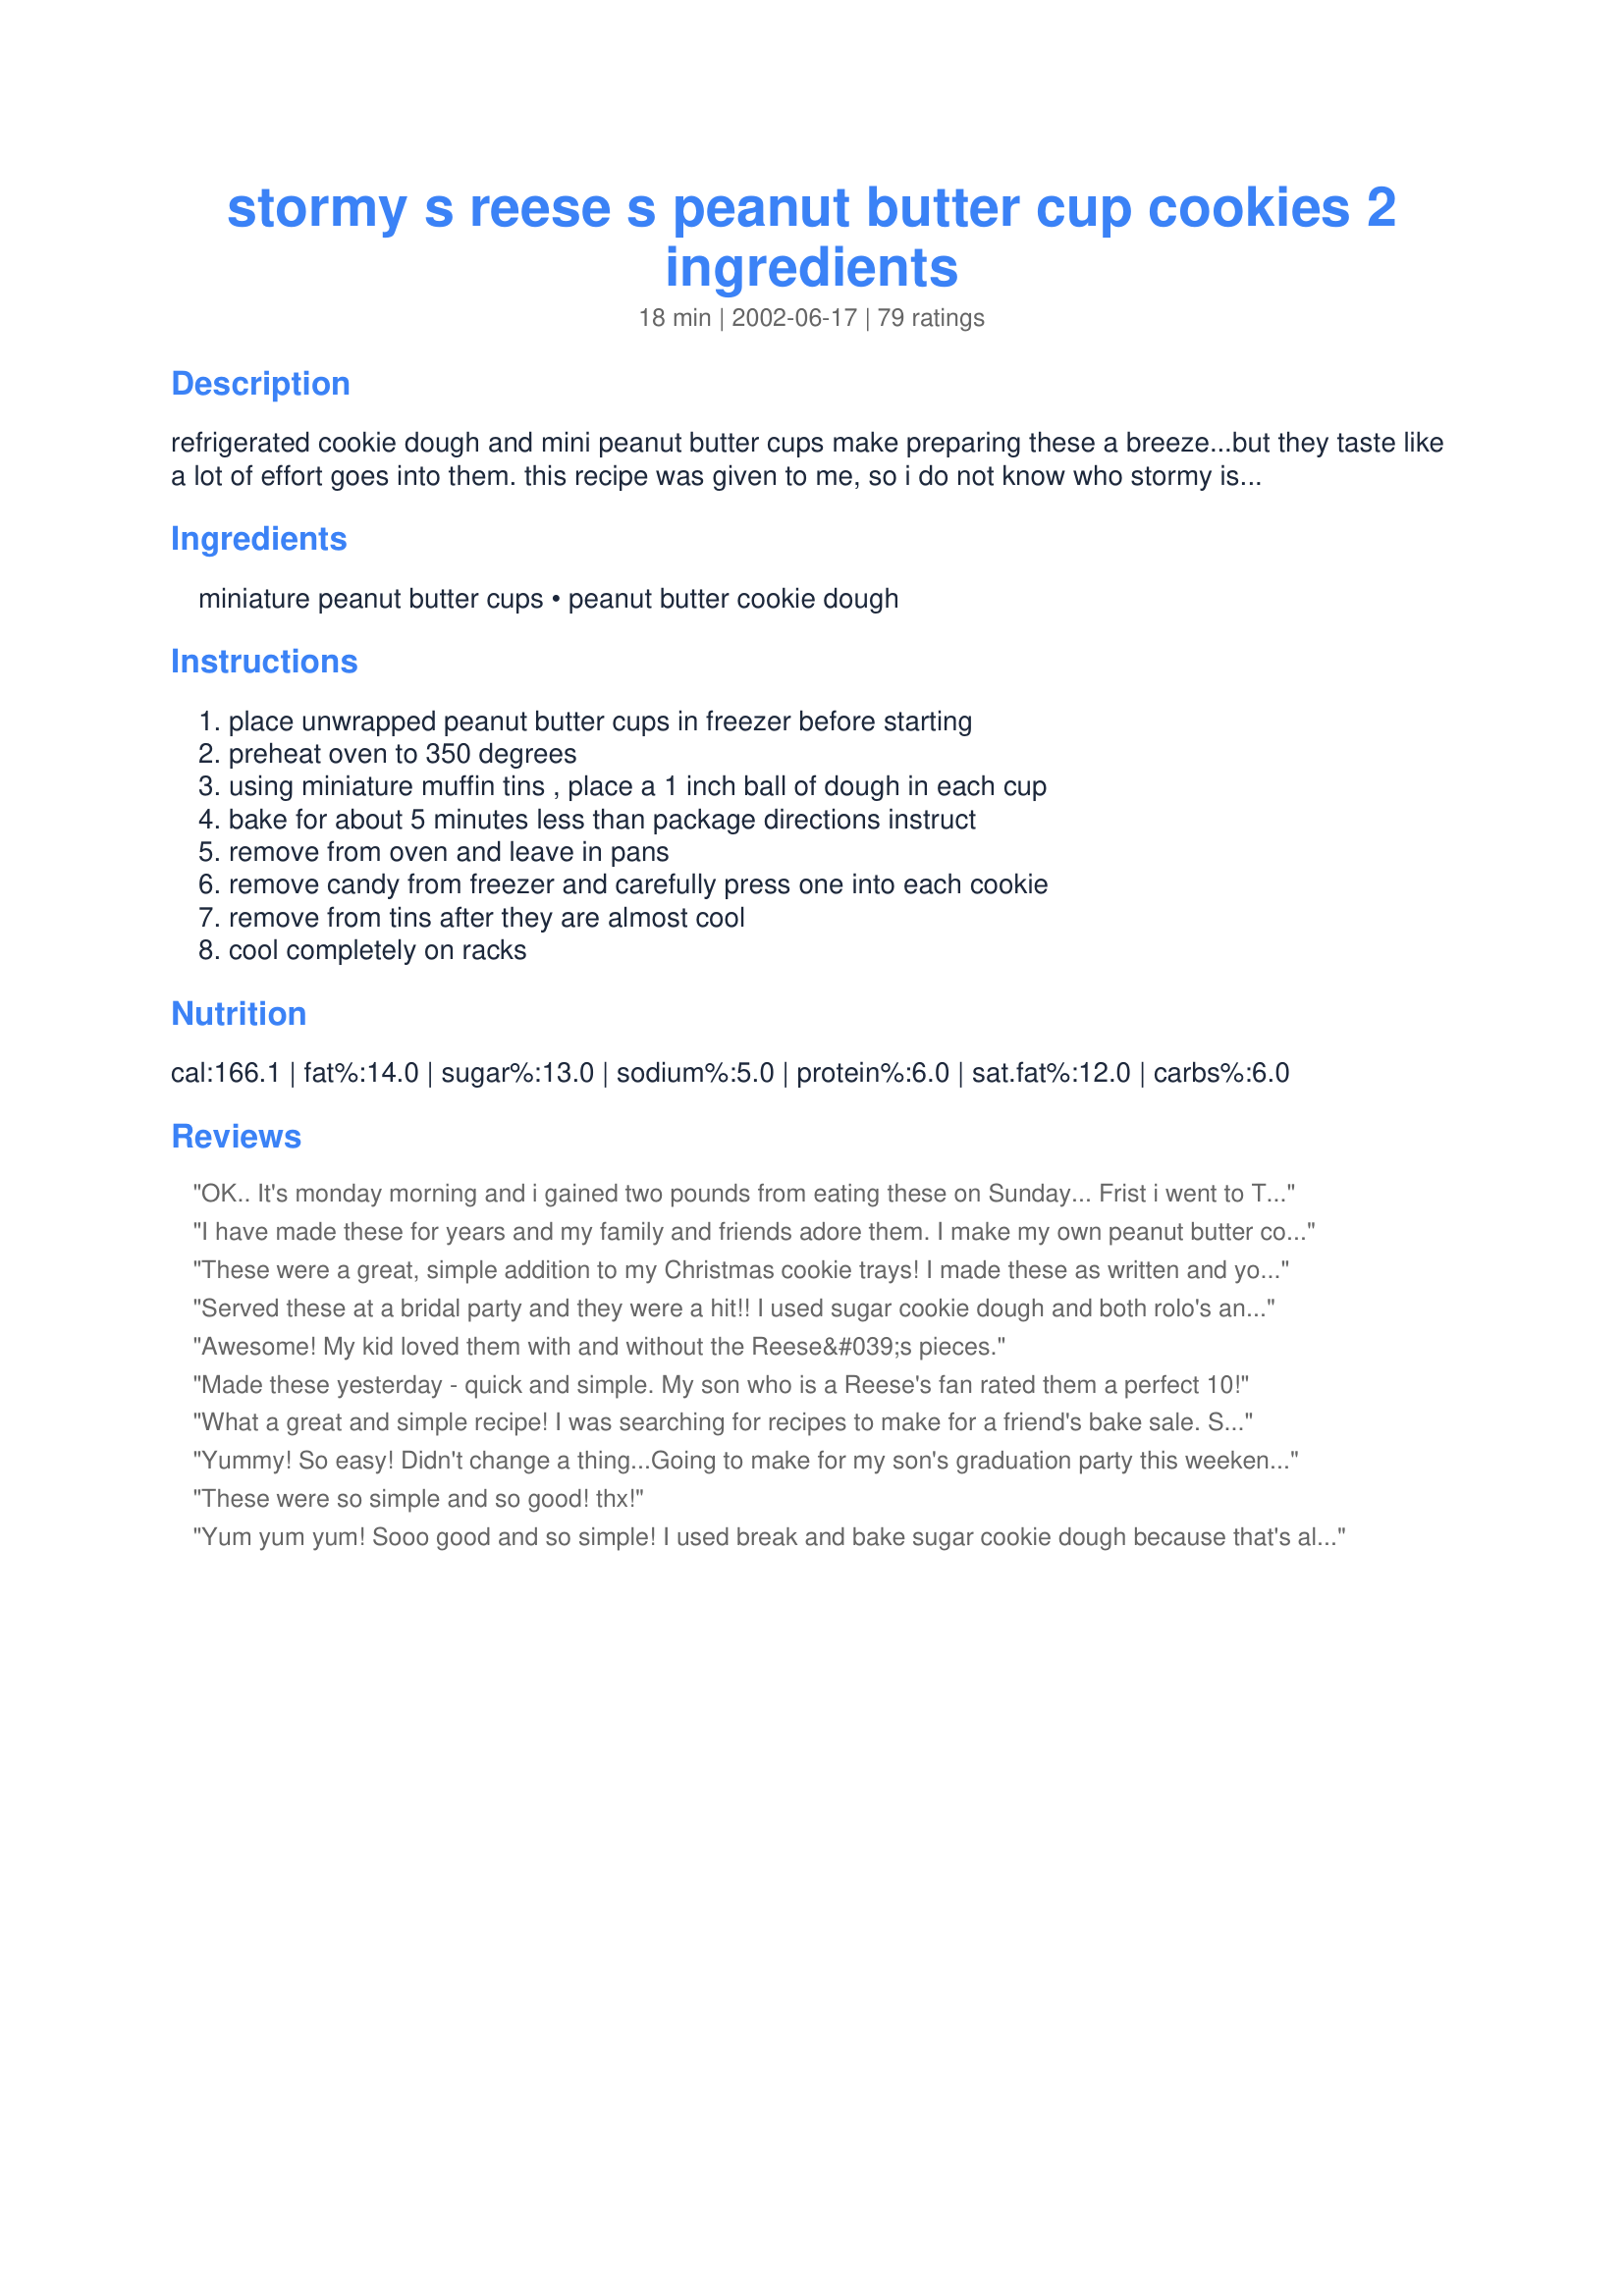
stormy s reese s peanut butter cup cookies 2 ingredients
Preparation time: 18 minutes

refrigerated cookie dough and mini peanut butter cups make preparing these a breeze...but they taste like a lot of effort goes into them. this recipe was given to me, so i do not know who stormy is, but i figured i should give him/her credit! according to

Ingredients:
miniature peanut butter cups, peanut butter cookie dough

Steps:
place unwrapped peanut butter cups in freezer before starting, preheat oven to 350 degrees, using miniature muffin tins , place a 1 inch ball of dough in each cup, bake for about 5 minutes less than package directions instruct, remove from oven and leave in pans, remove candy from freezer and carefully press one into each cookie, remove from tins after they are almost cool, cool completely on racks

Reviews:
OK.. It's monday morning and i gained two pounds from eating these on Sunday... Frist i went to Target and bought the mini muffin tins... they are so cute! I then proceeded to make these wonderful little treats... Let me just say... i couldn't stop eating them!!! They are so good.... hot, cold or room temp.... i loved them and how easy? OMG -I love this recipe!!! Thanks so much for sharing.... But today i'm going cold turkey and not eating one... maybe cause there's none left... in any case.. I'll only make them once in a blue moon.... Maybe there will be a blue moon soon??? Sari from Simi Valley
I have made these for years and my family and friends adore them. I make my own peanut butter cookie dough and use a Pampered Chef small cookie scoop to make balls. I used pan-spray to spray the pans for easy removal. I press the peanut butter cups into the raw cookie dough and bake according to the cookie recipe directions. Cool well before removing from pan. Also, I have discovered that the depth of the mini-muffin pans can vary and the deeper wells work better.
These were a great, simple addition to my Christmas cookie trays! I made these as written and you really have to make sure you do not make the cookies balls too big or you won't be able to get them out of the pan. Also make sure they are cooled completely before removing from the muffin tin. Thanks again!
Served these at a bridal party and they were a hit!! I used sugar cookie dough and both rolo's and reese's. I did have a problem getting them to release from the pan so next time I think I'll grease the tins a bit. Thanks for the recipe.
Awesome! My kid loved them with and without the Reese&#039;s pieces.
Made these yesterday - quick and simple. My son who is a Reese's fan rated them a perfect 10!
What a great and simple recipe! I was searching for recipes to make for a friend's bake sale. Since my mini-muffin pans are all botched, I purchased some disposable aluminum ones and used mini-cupcake liners. I followed other people's suggestions and used Pillsbury's break apart sugar cookie dough. Had to bake the dough for 11-12 minutes, popped in the peanut butter cups, then baked for another minute or so. Thanks so much for sharing this recipe! This is sure to stay in my normal baking rotation!
Yummy! So easy! Didn't change a thing...Going to make for my son's graduation party this weekend..thanks so much!
These were so simple and so good! thx!
Yum yum yum! Sooo good and so simple! I used break and bake sugar cookie dough because that's all the store had. It worked well! The trickiest part (for me) was getting them out of the pan. The 2nd time I made them I sprayed it well with Pam and they came out easier. Thanks to Karen (and Stormy!))
I used a mini muffin tin and thought they turned out really well. They look very professional. I didn't have any problems with getting the right amount of thickness but I did have to play around a bit with the right amount of time to cook them. I ended up having three tins in three different cookie shades of pale, light brown and brown.
Tried this tonight and my kids and husband liked them. Used peanut butter cookie dough pouch and definitely needed to bake the cookies the full time. Followed megs_ suggestions for using PAM and refrigerating afterwards. Worked perfectly. Thanks.
OK, so I make christmas cookies every year and give them to family and friends. Last year I made these along with many others.. from scratch and much more difficult cookies.. these were by far the favorite and got the most compliments. Unbelievably simple and yet people think you put a lot into them.
These are so easy, cute and delicious. They are really nice for times you need to come up with something "homemade", but really do not have the time. I have made them for my son's class for Valentine's Day using the little peanut butter filled chocolate hearts and they were cute, too.
These taste fantastic and they're super easy! I'll make them often. Thank you for posting.
I was disappointed in these. The first batch I made was a disaster. I followed the directions exactly and they were basically raw. I tried to put them back in the oven, a couple minutes at a time and I expected the peanut butter cups to melt, I figured it was the flavor that would count, not what they looked like. Anyway, I did that 3 times and they were still raw. I tried another batch and only took them out a couple of minutes earlier than the package suggested. They were ok then. I don't like to give less stars, but I was disappointed as I said before. I don't know what I did wrong, but did want to let others know for future reference. The second batch tasted good and I'll probably try these again. Thanks.
Made our own peanut butter cookie dough for these as we do not have refrigerated cookie dough in this town. With help from my daughter we had a batch of these whipped up in no time. She took some with her to work to share with co-workers the next day and they were a hit. Actually sold the last one on the plate to her boss for a $1.00.
Easy to make...Thanks for the quick and easy recipe!
Couldn't be easier. Used Pillsbury refridgerated sugar cookie dough (pre-divided). Sprayed mini muffin pan and placed one piece of dough in each well. Cooked for full 12 minutes. If you try to remove the cookies from the pan right away the cookie is too soft and will fall apart. You need to let them sit to firm up or put in the fridge for 15-20 minutes. Any fun/snack size candy bar will work snickers, milkyway, rolos or the pb cups.
These were great- made them for a "key club" (DD) fundraiser at school & it worked out great!! I was concerned it would be hard to push the candy in the cookies- WRONG. The cookies are soft while they are still warm, so it was a breeze!! Pretty tasty lil' things too. We made sugar cookies with hershey's kisses and peanut butter cookies with Reese's cups. Thanks so much!!
I was a little worried how these were going to turn out and they were amazing! I didn't have mini muffin tins and so I had to use the regular size which didn't cause any problem at all. I used sugar cookie dough and did have to bake for longer because the suggested time was 12-14 min so I think I baked them around 9 min and they came out perfect! Will def. be making these again because they look like they're a lot more trouble than they really are ;)
I made these with one ounce of cookie dough in each of the cups of a disposable muffin pain (not miniature), lined with fluted paper liners, which made them easy to remove and serve. I baked them for the time noted on the package. I tried a roll of peanut butter cookie dough and choc chip cookie dough. Both came out well and got rave reviews.
I make these for my hubby for V-day and Christmas, his favorite.
Fast & Simple.. Looks gourmet and they taste GREAT!!!!! Made a full 24 with one roll of peanut butter cookie dough.
I made my own peanut butter dough and then followed this and used the Peanut Butter Cups. My cookie trays are going to be fully enjoyed with these on there! They are so delicious!
These are excellent! I did use unwrapped Hershey kisses instead of the peanut butter cups, because I had some that "needed using". I made them again that way because there was no need to unwrap anything. I had to bake a twice as long in my oven. It may be because I used a silicone muffin pan on top of a metal cookie sheet. Thanks for posting.
love this!!! i made this for Ms. Picky's Senior Voice Recital using sugar cookie dough and they were a hit. Easy, peanut butter and chocolate!!!
LOVELOVELOVE this! Easy, quick and tasty. They don't last long around here! Love the idea of trying different combos as other reviewers have suggested. My son would eat them by the handful if I let him! Cookies AND Reese's - what could be better?
its making me fat!
These are an easy little treat. I did have more trouble removing the tarts from the muffin pan than I expected. The original recipe that I tried suggested refrigerating the cookies after cooling in order to pull the tarts out from the pan. This tip really does make it easier. I have a similar recipe posted (recipe #80612), but the peanut butter is a different treat.
Thank you for making my day, I was craving these and didn't know how to make them (freezing the candy before using them, etc.) Used recipe#66703 to save money, but thank you for sharing!
This was super easy (I almost felt guilty!) I used the sugar cookie and reeses combo---The pre-made dough I got was a tub from ALDI's and it made for a nice salty sweet contrast with the reeses! Thanks Karen!
Easy and delicious! Thanks for sharing!
Easy and taste great! Everyone wanted to get the recipe from me.
AWESOME! I made the cookies for a couple of teens and they now have a new fave cookie! I couldn't find peanut butter dough, but bought the choco chip dough that is already cut in squares (like a former chef had noted) and it worked out perfectly. Thanks for the super easy, super good cookie recipe! I plan on adding it to my daughters cookbook :)from Mom.
Super easy and really good! We tried different types of cookie dough and candy. Great thing to take to a party of any kind.
Easy peasy! I'm not a big baker, but these combine two of my favorites-cookies and candy! My DBF loves Reese's, so I made these for Thanksgiving. Loved them! I used a nonstick mini muffin pan and had no trouble getting them out after running a plastic knife around the top edge. I couldn't find refrigerated dough, so used a pouch (store brand) and they were just fine. Definitely a keeper!
My husband & son LOVED these! I used Big Grandma's Peanut Butter Cookie dough #66703 instead of the packaged stuff...turned out great!
I made these for easter and my husband LOVED them! He ate about 10 of them in one sitting. The were so easy to make and came out perfect! I had no problems taking the cookies out. I did use break'n'bake CC cookie dough and brushed the pan alittle butter to prevent any sticking. Before I took them out I did twist them completely and them pulled them out. Thanks for a great addictive recipe!
This is definitely a 5 star recipe because of ease of preparation and taste. I used the pre-scored, square chocolate chunk cookie dough. These were the perfect size to go in the mini-muffin pan. You don't have to shape it into a ball or anything--just break off a piece and stick it in the pan. Before placing cookies in pan, I also lightly sprayed my muffin pan with Pam to make it easier to get the cookies out. After baking and placing candy in the center of each cookie, I cooled them in the refrigerator for about 20 minutes. I used a mixture of Reese's mini peanut butter cups, Rolos, and Hershey kisses to put in the center of the baked cookies. All of them were yummy! My kids and husband loved them and so I will be making them again. They are very pretty too. Thanks, Karen!
These were great! I baked for the minimum amount of time on the package, though (11 minutes).
These went great to make for a pot luck I was going to. I wanted something simple to make and only had 2 hours to make them, so this was it. The kids and adults alike loved these!
Great recipe. My Mom used to make these with kisses and the reese's cups are a wonderful variation. I do not have a mini muffin tin so I used my silicone muffin cups which I sprayed with Baker's joy. I used my pampered chef small scoop for the cookie dough based on another reviewers advice (approx 1 TBL size balls). I have a convection oven and had to cook these the full time (14 minutes). Anything less and they came out completely raw. Next time I won't freeze the cups so they will melt a little more into the cookie dough. Definitely a make it again recipe.
Soo easy and soo good! I used a pb cookie mix and reese's cups. (The store didn't have Rolos, but I would love to try Rolos in sugar cookie dough.) The batter had to be cooked nearly the entire amount of time that the package directed. Everyone is surprised when they bite in, and I'm surprised such a simple idea could stay secret for so long!
Holy cow! These are right up my alley! SUPER EASY (I'm a terrible baker) and AMAZING results! I can't comment on the cooking time since several other reviewers scared me so I cooked longer than the recipes stated and they were a bit brown but cooked well. May have been cooked just fine as stated. VERY rich! LOVED them!
These were to die for. Made these with chocolate chip cookie dough. What can I say i'm a chocolate addict.
Very Good!
Pretty good, but had too much trouble getting them out of the pan. Very rich.
YumYUMYUMYUM. I feel awful from eating so many now!! Rolos, peanut butter cups and hershey kisses for stuffers. yummmm
Had some leftover peanut butter cups from Halloween which made such delicious Christmas cookies. It is embarrassing how easy these are to make!
Brilliance, pure brilliance!!! I used refrigerated peanut butter cookie dough and peanut butter cups. They turned out perfectly, baked in mini-muffin pans for about 7 minutes and then inserted the peanut butter cups. Recipients are raving about them and begging for the recipe. Thanks for posting, this will become a staple of my holiday baking and gift-giving, and I can't wait to try other cookie-candy combinations.
These are the BEST cookies....Quick, simple, easy, and soooooooooooo tasty!!! These are a BIG hit at my work and great for school fundraisers/bake sales. I highly recommend these cookies to anyone that LOVES PEANUTBUTTER!!!!
These are delicious and taste very time-consuming --- a perfect recipe!
These are almost sinful! They look very cute as well as taste great. So easy!
We made these for our Christmas cookie trays this year. I used sugar cookie dough. Very cute! Allow them to cool completely before removing from the muffin tins. Thanks for a keeper! :)
Made these for an office party...they were a HUGE hit. I only have one mini muffin tin so I used both a mini and regular pan. Both turned out great! I could not find the peanut butter premade dough so I used a boxed mix and turned out just as good!
These look and taste so fancy for being so ridiculously easy. I used chocolate chip cookie dough (I wanted to try peanut butter too, but the store didn't have any). They did come out nearly raw on the first try but I just stuck them back in for a couple more minutes. I actually ended up cooking them for the full time recommended on the package (peanut butter cups and all) and just handled gently and didn't set anything on top of them until the chocolate solidified again. These were pretty much inhaled at my Christmas party at work. I even had a friend there who was trying to convince everyone else that they were terrible so he could have them all to himself until I promised to bring some more from home just for him.
These are addictive! They are a little more time consuming than one would think. After reading the other reviews, I made sure to spray the pan with PAM, cook them for the full amount on the package directions (for my nestle sugar cookie dough - 15 minutes) @ 350, and put them in the fridge for 20 minutes after putting the reese's in them. They would not come out of the pan clean had I not done any of those steps. Hubby loved them just as much as I did though, so they are a keeper! :)
My 14 yr old made these and they turned out great!! She could not believe that it did not require more ingredients. Thanks!!
Yummy! I used Big Grandma's Peanut Butter Cookie Recipe from the Zaar.
Made a tray of goodies to carry to Christmas Pagent and these were on there and they were all eaten. Thanks for an easy reciped and great cookie. Will definitely be a keeper to use often.
These were good and sooo easy to make. Five stars for being yummy and super duper easy to make!!
These are now my favorite cookies, and so easy! They are so nice looking too, my Dad still doesn't believe I didn't get them at a store or bakery - "how did you cook the chocolate in the cookies without it melting?"
I had a lot of trouble with this simple cookie. First they dough was way underdone and I used too much, it was all over the muffin tin. Second time, super hard to get out of the muffin tin. I used sugar cookie dough, have some left so will try again because people who ate them really liked them. I will try Megs_ method.
Wonderful! Easy recipe. A hit with everyone who tried them. Thanks for sharing! These will be made again and again.
This is the second year we've made these and they are so tasty and easy! The original recipe I had (given to me by a friend) had directions to grease and flour the baking cups (I think). This year, I couldn't find the recipe and although I tried the grease/flour method, they stuck to the cups and were hard to remove. I'm not sure if it was the dough we used, but I will use the paper liners next time or the Pam spray like another reviewer suggested. Thanks for posting this recipe - it's a keeper!
These are really delicious. Very sweet, but delicious! I would suggest spraying the pan with a non-stick spray -- it was very difficult to get them out of the pan. Other than that, easy and yummy!
My mother has been making these for 25 years and they have been loved for all those years.
Ridiculously easy yet delicous! People go crazy over them!
I have been making these for years. I usually have them in my Christmas sweets because everyone loves them. Also, I make them often for the grandchildren. I do not put the Reese's cups in the refrigerator. When I slice the cookies, I cut each cookie in 4th and put one of these in each mini muffin cup. I cook the full amount of time on the package. After I put the Reese's cup in the hot cookie muffins, I then put in the refrigerator until the chocolate has set, then I take them out of the muffin tins. If they last, they keep really well in tins. They are easy, so make and enjoy!!!!
I just realized, this is posted!
I make these for Halloween (at work) every year! Everyone loves them! I'm not big on baking...so this recipe really works for me!
Love these!
These were delicious (how could they not be, with PB cups in chocolate chip cookie dough!) but a little rich for me. The recipe is super easy but the cooking time didn't work at all. I had to toss my first batch because the cookies were still raw. I used chocolate chip cookie dough which is supposed to bake for 10-14 minutes. I left it in for 9 minutes per the recipe, put in the PB cups, and then let them cool. When I tried to get them out, the cookie dough was still raw and I ended up having to scoop each one out with a spoon -- it was a gloppy mess. I tested a couple more batches and settled on baking the cookie dough for 16 minutes (2 minutes MORE than the package directions). The cookie dough can't spread out like regular cookies, so it takes even longer to cook than normal. I also had to cool each batch in the fridge for 15 minutes to get the cookies to come cleanly out of the pan (I also sprayed the pan with Pam). All in all, they took a long to make, what with the baking and cooling time (since I only have one mini muffin pan) but I know they'll be a big hit with my family.
I have made these since I was a kid! I love them. Everytime I make them people are excited. The perfect mix of peanut butter and chocolate. You just can't go wrong. I have to make them for every holiday so I always do some kind of decoration to dress them up. I just made these to send out for the holidays and while the cups were a little melty I shook some Christmas sprinkles on.
These were good and so easy to make. Everybody liked them. I will make them again next year!
As an easy cookie I am giving it 5 stars. I served these at a cookie party. My husband loved these. I couldn't find any mini chocolate peanut butter cups so I used the mini white chocolate ones. 

Thanks Karen=^..^=.

Bullwinkle.
Wonderful.....I put these on my Christmas cookie tray. I used the peanut butter dough w/ reeses and sugar cookie dough w/ rolos....both a huge hit. Thank you for a regular on my holiday trays.....Stephanie
Easy and delicious....will make often!
These were the easiest of my Christmas baking and will be in my holiday baking rotation from now on...THANK YOU STORMY(whoever you are)! I also found chocolate covered caramel cup at the store and they were just as awesome. 5 stars for the ease of these cookies! Highly Recommend these.
These are great! So easy and taste like Christmas should! I ran out of peanut butter cups so after baking, I made a "dimple" and filled it with jelly - YUM. I used chocolate chip dough but peanut butter dough would be good with the jelly, peanut butter 'n jelly cookies in minutes! Thank you Stormy whoever you are.
I love reeces and I tried this recipe both with peanut butter cookie dough and chocolate chip cookie dough. Both were very easy and tastes good.
